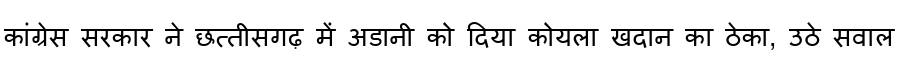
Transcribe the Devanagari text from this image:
कांग्रेस सरकार ने छत्तीसगढ़ में अडानी को दिया कोयला खदान का ठेका, उठे सवाल